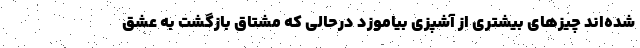
شده‌اند چیزهای بیشتری از آشپزی بیاموزد درحالی که مشتاق بازگشت به عشق